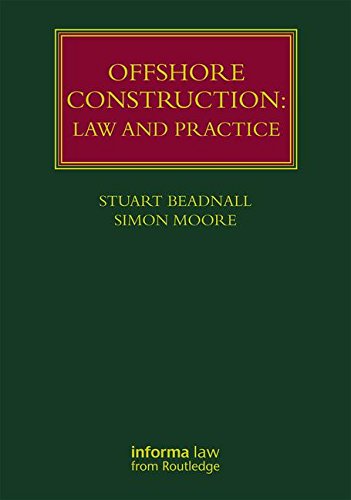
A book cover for Offshore Construction: Law and Practice (Lloyd's Shipping Law Library); Stuart Beadnall; Law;